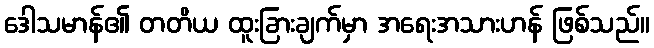
ဒေါသမာန်၏ တတိယ ထူးခြားချက်မှာ အရေးအသားဟန် ဖြစ်သည်။